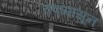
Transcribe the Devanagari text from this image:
तपापासून